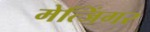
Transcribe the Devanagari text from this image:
मेत्जिंगर